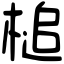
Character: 槌